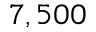
7 , 5 0 0